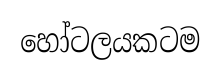
හෝටලයකටම